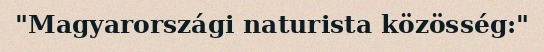
"Magyarországi naturista közösség:"